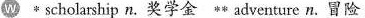
w *scholarship n.奖学金 ** adventure n.冒险